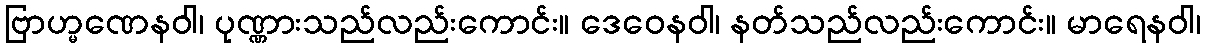
ဗြာဟ္မဏေနဝါ၊ ပုဏ္ဏားသည်လည်းကောင်း။ ဒေဝေနဝါ၊ နတ်သည်လည်းကောင်း။ မာရေနဝါ၊